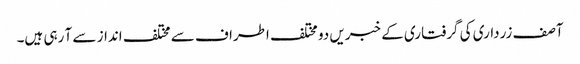
آصف زرداری کی گرفتاری کے خبریں دو مختلف اطراف سے مختلف انداز سے آ رہی ہیں۔